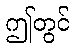
ဤတွင်